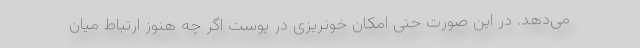
می‌دهد. در این صورت حتی امکان خونریزی در پوست اگر چه هنوز ارتباط میان